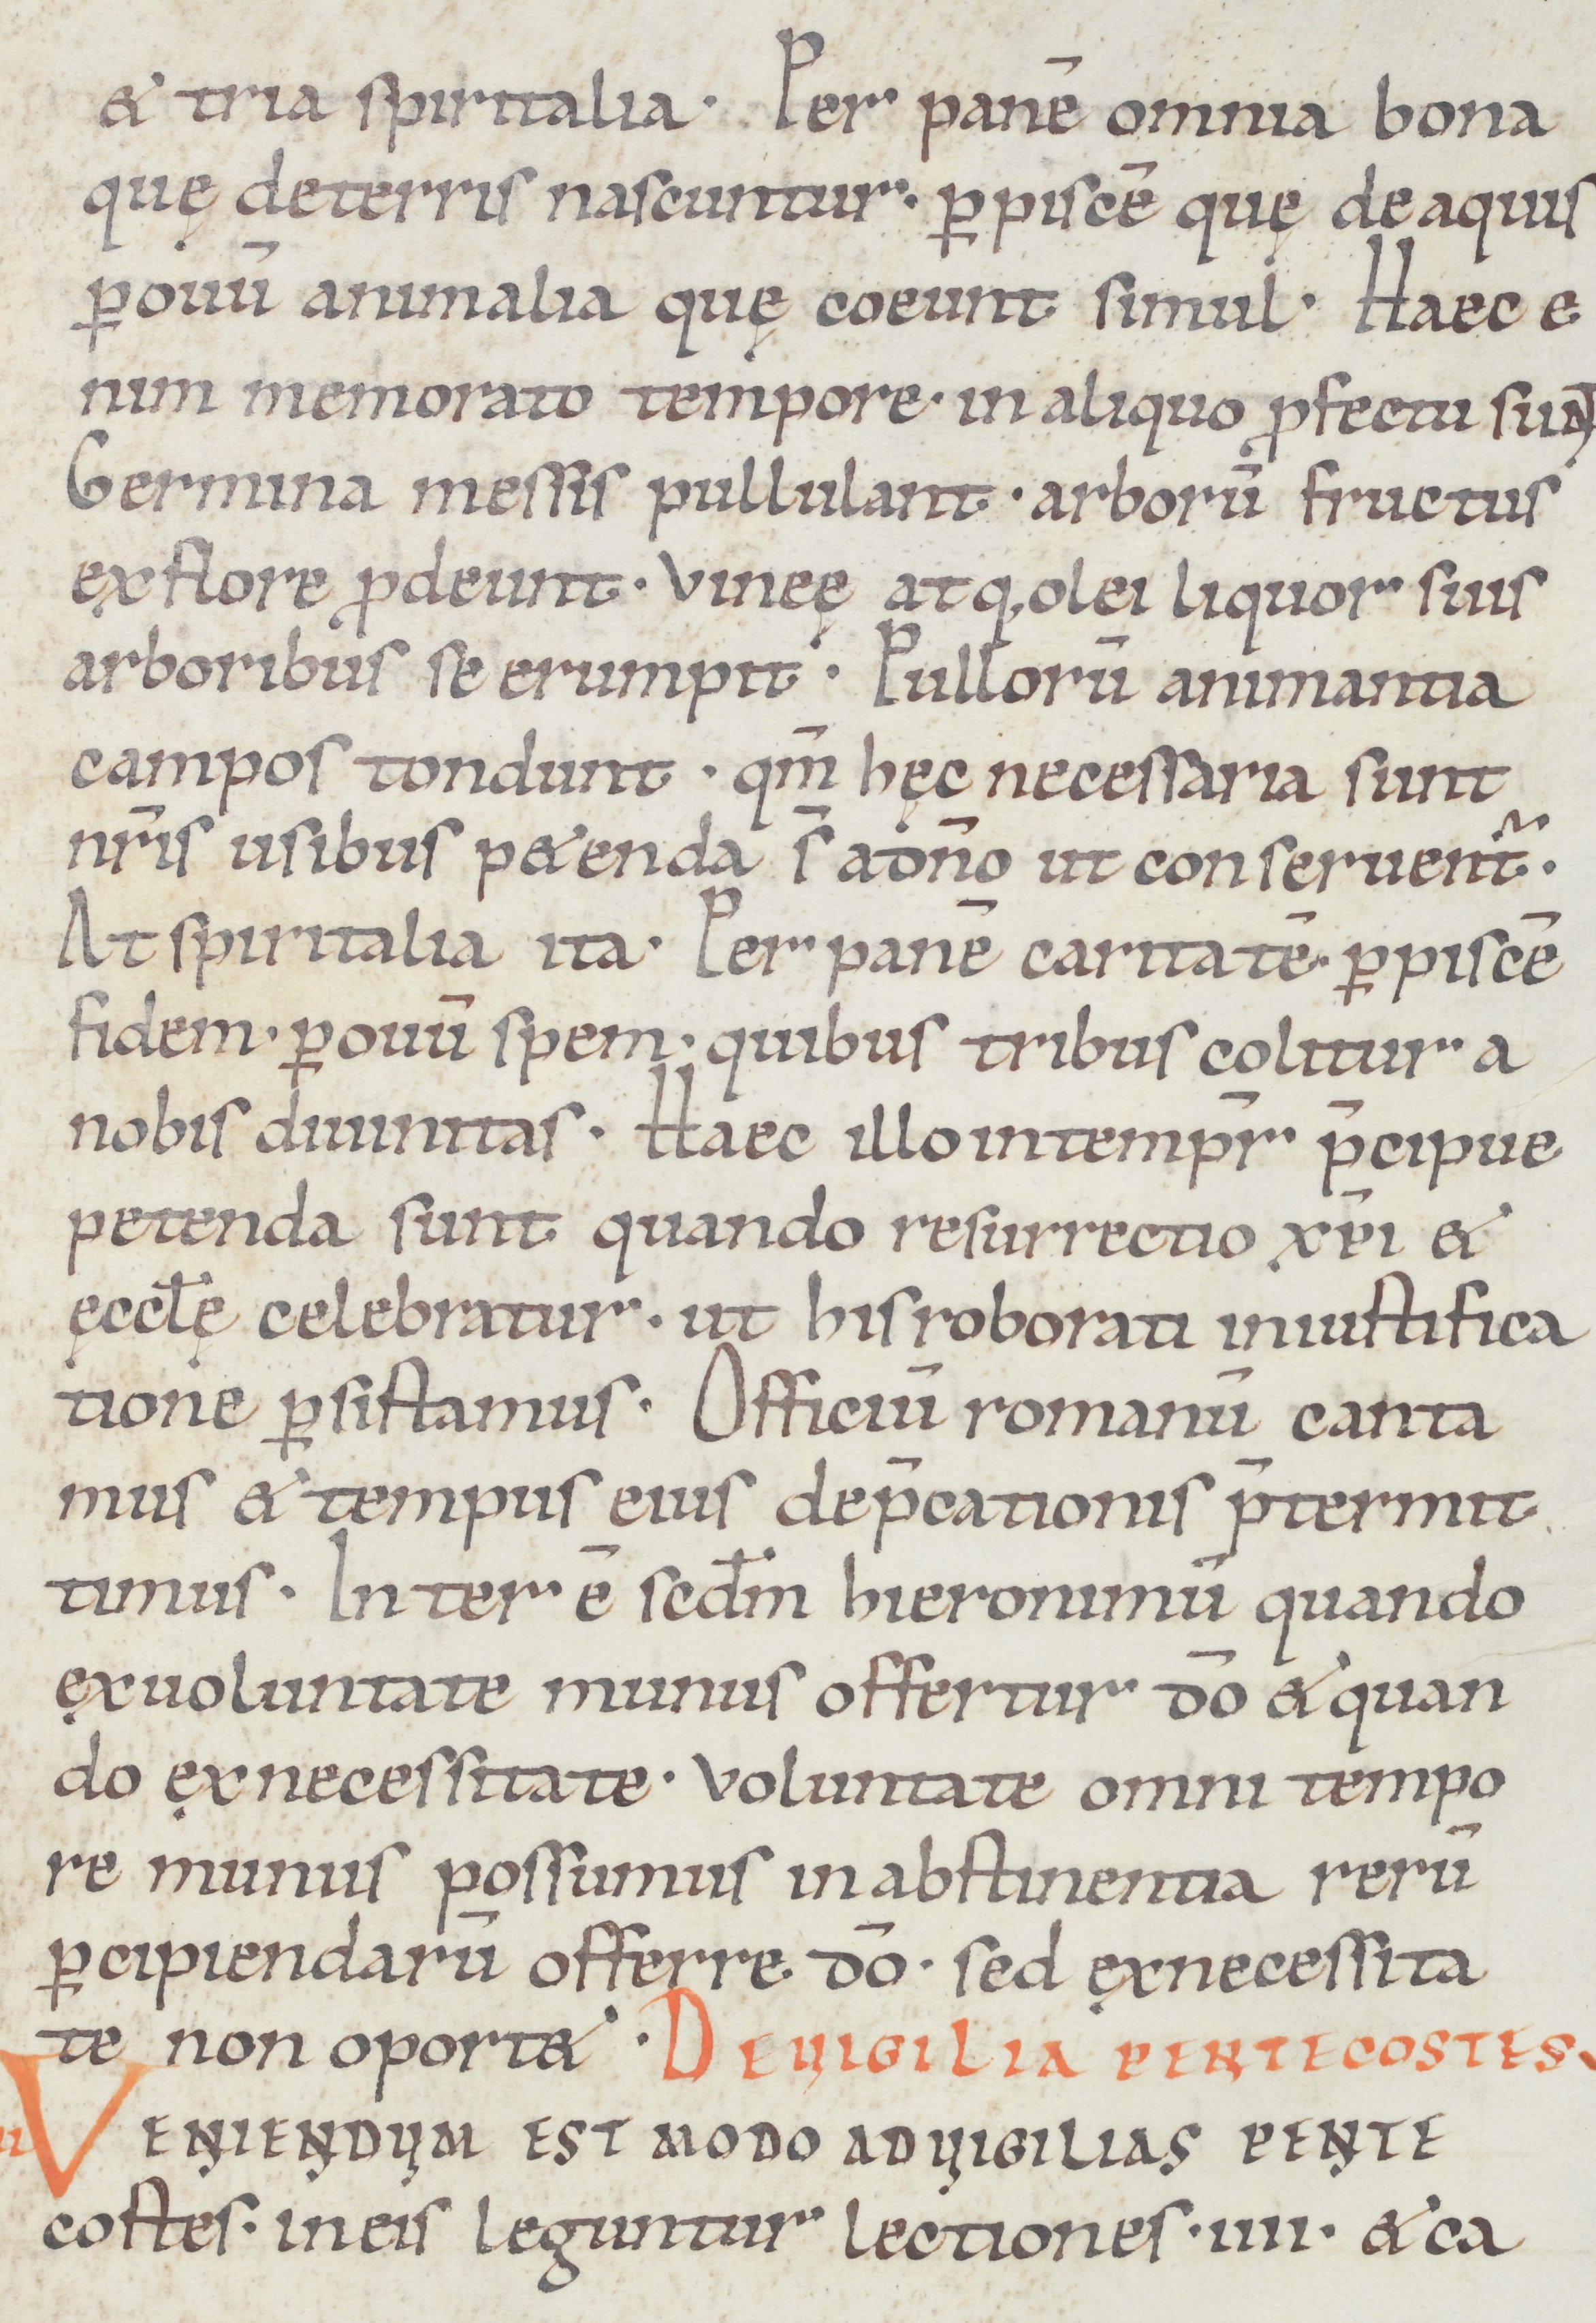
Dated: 1050–1099